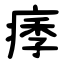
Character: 痵